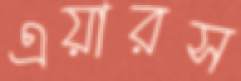
এয়ারস